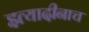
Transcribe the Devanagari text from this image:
इत्यादीनाच